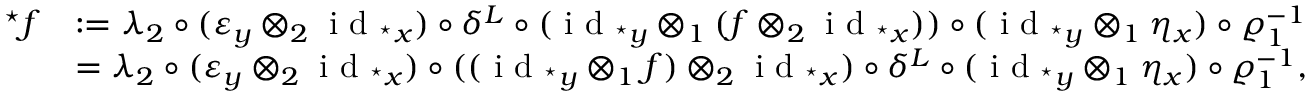
\begin{array} { r l } { ^ { \star } f } & { : = \lambda _ { 2 } \circ ( \varepsilon _ { y } \otimes _ { 2 } \textnormal { i d } _ { ^ { \star } x } ) \circ \delta ^ { L } \circ ( \textnormal { i d } _ { ^ { \star } y } \otimes _ { 1 } ( f \otimes _ { 2 } \textnormal { i d } _ { ^ { \star } x } ) ) \circ ( \textnormal { i d } _ { ^ { \star } y } \otimes _ { 1 } \eta _ { x } ) \circ \varrho _ { 1 } ^ { - 1 } } \\ & { = \lambda _ { 2 } \circ ( \varepsilon _ { y } \otimes _ { 2 } \textnormal { i d } _ { ^ { \star } x } ) \circ ( ( \textnormal { i d } _ { ^ { \star } y } \otimes _ { 1 } f ) \otimes _ { 2 } \textnormal { i d } _ { ^ { \star } x } ) \circ \delta ^ { L } \circ ( \textnormal { i d } _ { ^ { \star } y } \otimes _ { 1 } \eta _ { x } ) \circ \varrho _ { 1 } ^ { - 1 } , } \end{array}